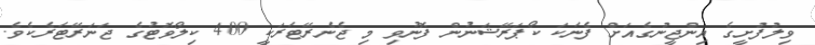
ވިލުފުށީގެ އިންޖީނުގެއަށް ފެނަކަ ކޯޕަރޭޝަނުން ފޮނުވި މި ޖެނެރޭޓަރަކީ 400 ކިލޯވޮޓުގެ ޖަނަރޭޓަރެކެވެ.